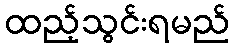
ထည့်သွင်းရမည်